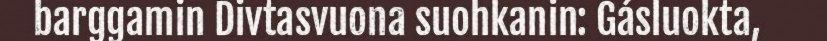
barggamin Divtasvuona suohkanin: Gásluokta,